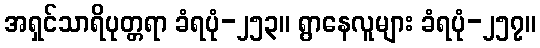
အရှင်သာရိပုတ္တရာ ခံရပုံ-၂၅၃။ ရွာနေလူများ ခံရပုံ-၂၅၇။